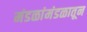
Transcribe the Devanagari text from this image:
मंडळांमंडळातून